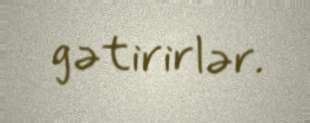
gətirirlər.